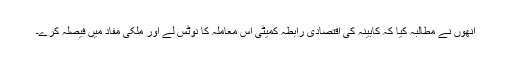
انھوں نے مطالبہ کیا کہ کابینہ کی اقتصادی رابطہ کمیٹی اس معاملہ کا نوٹس لے اور ملکی مفاد میں فیصلہ کرے۔